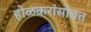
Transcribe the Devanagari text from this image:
होळकरांसोबत